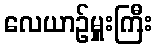
လေယာဉ်မှူးကြီး